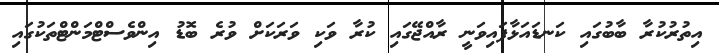
އިތުރުކުރާ ބާބުގައި ކަނޑައަޅާފައިވަނީ ރާއްޖޭގައި ކުރާ ވަކި ވަރަކަށް ވުރެ ބޮޑު އިންވެސްޓްމަންޓްތަކުގައި